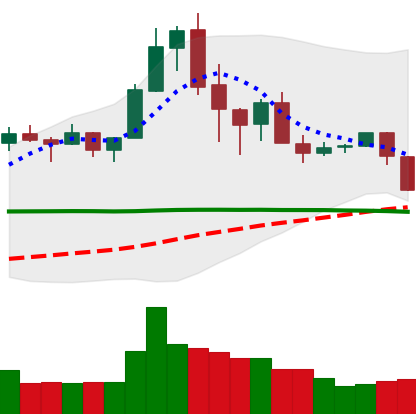
Ticker: XRP-USD
Chart end date: 2020-02-25
Forward return: -9.694%
Label: down_7plus